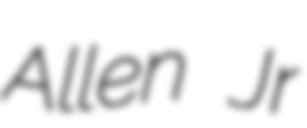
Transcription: Allen Jr